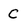
Character: C